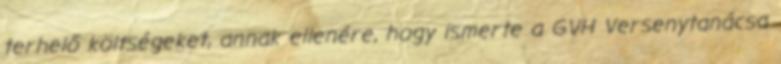
terhelő költségeket, annak ellenére, hogy ismerte a GVH Versenytanácsa